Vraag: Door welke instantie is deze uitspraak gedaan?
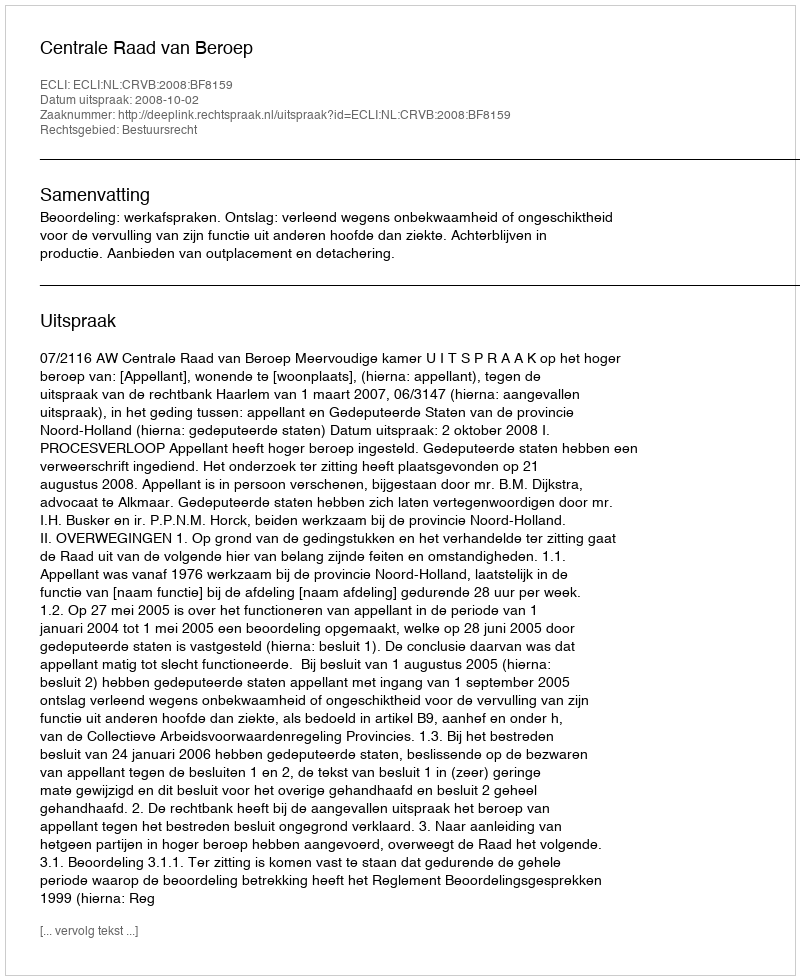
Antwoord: Centrale Raad van Beroep